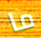
ما